Vaccination in Bombay 1889-1901 - 1889-1901
Year: 1889
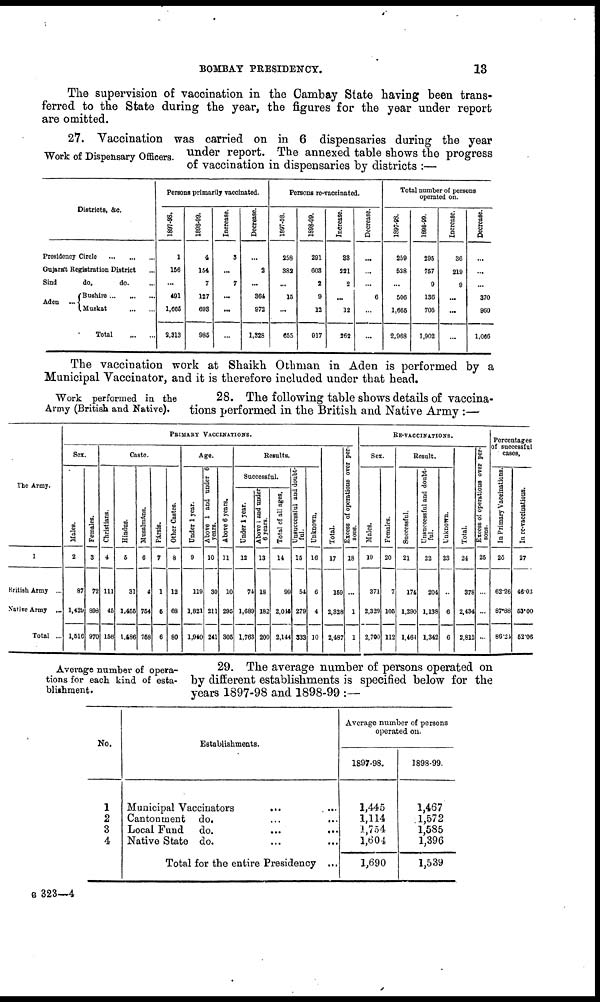
BOMBAY PRESIDENCY.
13
The supervision of vaccination in the Cambay State having been trans-
ferred to the State during the year, the figures for the year under report
are omitted.
Work of Dispensary Officers.
27. Vaccination was carried on in 6 dispensaries during the year
under report. The annexed table shows the progress
of vaccination in dispensaries by districts :—
Districts, &c.
Presidency Circle
...
...
...
Gujarát Registration District ...
Sind
do,
do. ...
Aden ...
Bushire ... ... ...
Muskat ... ...
Total
...
...
Persons primarily vaccinated.
1897-98.
1
156
...
491
1,666
2,313
1898-99.
4
154
7
127
693
985
Increase.
3
...
7
...
...
...
Decrease.
...
2
...
364
972
1,328
Persons re-vaccinated.
1897-98.
258
382
...
15
...
655
1898-99.
291
603
2
9
13
917
Increase
33
221
2
...
12
262
Decrease.
...
...
...
6
...
Total number of persons
operated on.
1897-98.
259
538
...
506
1,665
2,968
1898-99.
295
757
9
136
705
1,902
Increase.
36
219
9
...
...
...
Decrease.
...
...
370
960
1,066
The vaccination work at Shaikh Othman in Aden is performed by a
Municipal Vaccinator, and it is therefore included under that head.
Work performed in the
Army (British and Native).
28. The following table shows details of vaccina-
tions performed in the British and Native Army :—
The Army.
1
British Army ...
Native Army ...
Total ...
PRIMARY VACCINATIONS.
Sex.
Males.
2
87
1,429
1,516
Females.
3
72
898
970
Caste.
Christians.
4
111
45
156
Hindus.
5
31
1,455
1,486
Musalmáns.
6
4
754
768
Pársis.
7
1
5
6
Other Castes.
8
12
68
80
Age.
Under 1 year.
9
119
1,821
1,940
Above 1 and under 6
years.
10
30
211
241
Above 6 years.
11
10
295
305
Results.
Successful.
Under 1 year.
12
74
1,689
1,763
Above 1 and under
6 years.
13
18
182
200
Total of all ages.
14
99
2,045
2,144
Unsuccessful and doubt¬
ful.
15
54
279
333
Unknown.
16
6
4
10
Total.
17
159
2,328
2,487
Excess of operations over per-
sons.
18
...
1
1
RE-VACCINATIONS.
Sex.
Males.
19
371
2,339
2,700
Females.
20
7
105
112
Result.
Successful.
21
174
1,290
1,464
Unsuccessful and doubt-
ful.
22
204
1,138
1,342
Unknown.
23
..
6
6
Total.
24
378
2,434
2,812
Excess of operations over per-
sons.
25
...
Percentages
of successful
cases,
In Primary Vaccinations.
26
62.26
87.88
86.24
In re-vaccinations.
27
46.03
53.00
52.06
Average number of opera-
tions for each kind of esta-
blishment.
29. The average number of persons operated on
by different establishments is specified below for the
years 1897-98 and 1898-99 :—
No.
1
2
3
4
Establishments.
Municipal Vaccinators
... ...
Cantonment do. ... ...
Local Fund
do.
...
...
Native State do. ... ...
Total for the entire Presidency ...
Average number of persons
operated on.
1897-98.
1,445
1,114
1,754
1,604
1,690
1898-99.
1,467
1,572
1,585
1,396
1,539
B 323—4